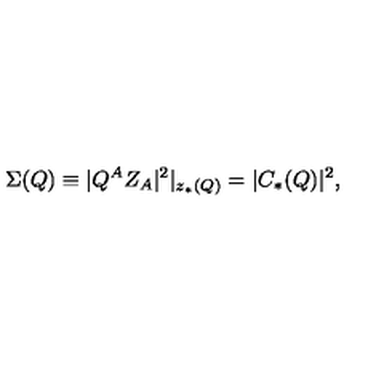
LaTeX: \Sigma ( Q ) \equiv | Q ^ { A } Z _ { A } | ^ { 2 } | _ { z _ { * } ( Q ) } = | C _ { * } ( Q ) | ^ { 2 } ,